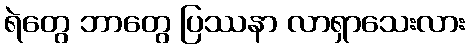
ရဲတွေ ဘာတွေ ပြဿနာ လာရှာသေးလား